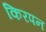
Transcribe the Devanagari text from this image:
किरपन